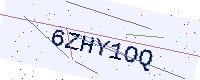
Text: 6ZHY1OQ